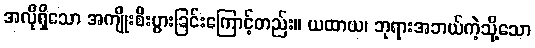
အလိုရှိသော အကျိုးစီးပွားခြင်းကြောင့်တည်း။ ယထာယ၊ ဘုရားအဘယ်ကဲ့သို့သော